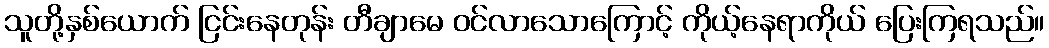
သူတို့နှစ်ယောက် ငြင်းနေတုန်း တီချာမေ ဝင်လာသောကြောင့် ကိုယ့်နေရာကိုယ် ပြေးကြရသည်။